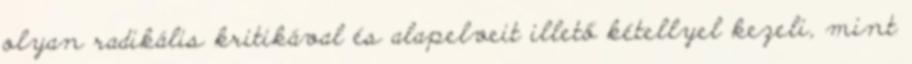
olyan radikális kritikával és alapelveit illető kétellyel kezeli, mint